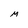
Character: M